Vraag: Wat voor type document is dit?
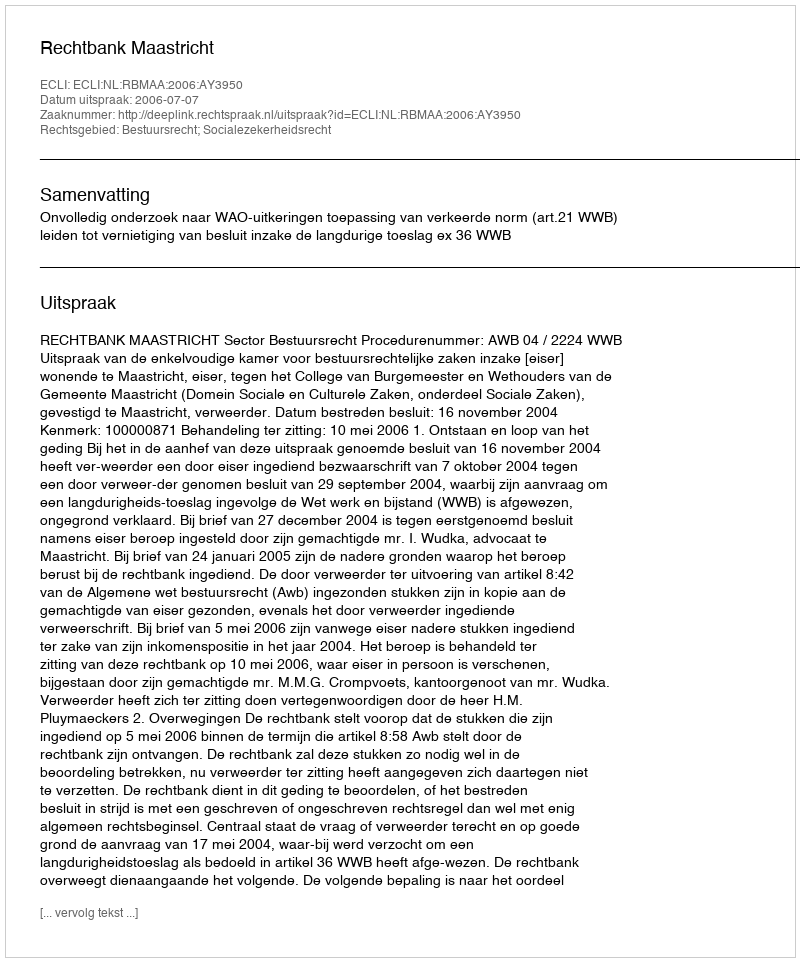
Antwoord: Uitspraak